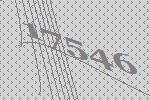
17546